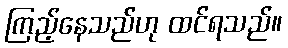
ကြည့်နေသည်ဟု ထင်ရသည်။